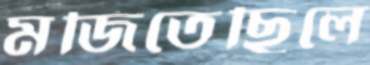
মজিতেছিলে